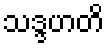
သဒ္ဒဟတိ